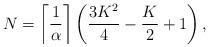
LaTeX: \begin{align*} N=\left\lceil{\frac{1}{\alpha}}\right\rceil\left(\frac{3K^2}{4}-\frac{K}{2}+1\right),\end{align*}